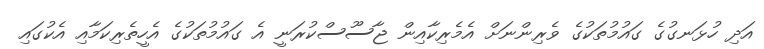
އަދި ހުޅަނގުގެ ގައުމުތަކުގެ ވެރިންނަށް އެމެރިކާއިން ޖާސޫސްކުރަނީ އެ ގައުމުތަކުގެ އެހީތެރިކަމާއި އެކުގައި